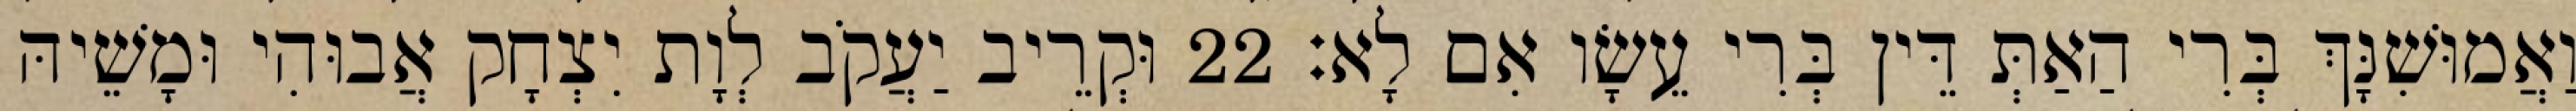
וַאֲמוּשִׁנָּךְ בְּרִי הַאַתְּ דֵּין בְּרִי עֵשָׂו אִם לָא׃ 22 וּקְרֵיב יַעֲקֹב לְוָת יִצְחָק אֲבוּהִי וּמָשֵׁיהּ